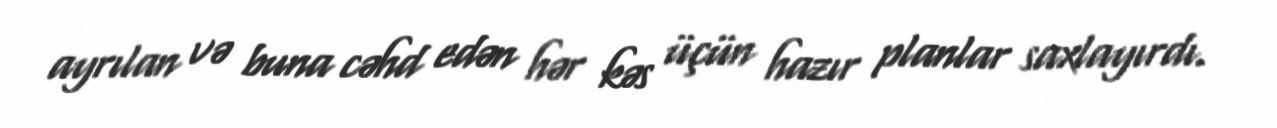
ayrılan və buna cəhd edən hər kəs üçün hazır planlar saxlayırdı.